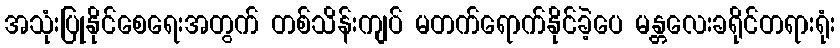
အသုံးပြုနိုင်စေရေးအတွက် တစ်သိန်းကျပ် မတက်ရောက်နိုင်ခဲ့ပေ မန္တလေးခရိုင်တရားရုံး